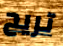
تريح